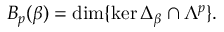
B _ { p } ( \beta ) = \dim \{ \ker \Delta _ { \beta } \cap \Lambda ^ { p } \} .